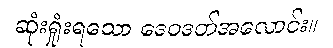
ဆုံးရှုံးရသော ဒေဝဒတ်အလောင်း။